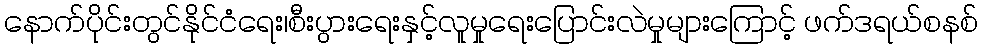
နောက်ပိုင်းတွင်နိုင်ငံရေး၊စီးပွားရေးနှင့်လူမှုရေးပြောင်းလဲမှုများကြောင့် ဖက်ဒရယ်စနစ်